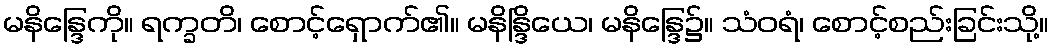
မနိန္ဒြေကို။ ရက္ခတိ၊ စောင့်ရှောက်၏။ မနိန္ဒြိယေ၊ မနိန္ဒြေ၌။ သံဝရံ၊ စောင့်စည်းခြင်းသို့။